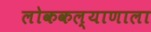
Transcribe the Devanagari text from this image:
लोककल्याणाला